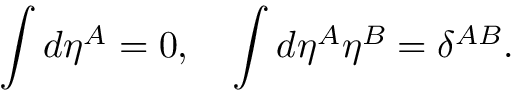
\int d \eta ^ { A } = 0 , \quad \int d \eta ^ { A } \eta ^ { B } = \delta ^ { A B } .